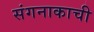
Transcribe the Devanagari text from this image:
संगनाकाची